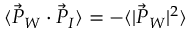
\langle \vec { P } _ { W } \cdot \vec { P } _ { I } \rangle = - \langle | \vec { P } _ { W } | ^ { 2 } \rangle